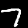
Digit: 7